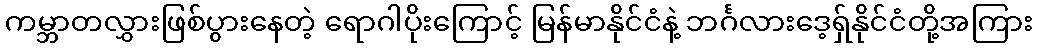
ကမ္ဘာတလွှားဖြစ်ပွားနေတဲ့ ရောဂါပိုးကြောင့် မြန်မာနိုင်ငံနဲ့ ဘင်္ဂလားဒေ့ရှ်နိုင်ငံတို့အကြား